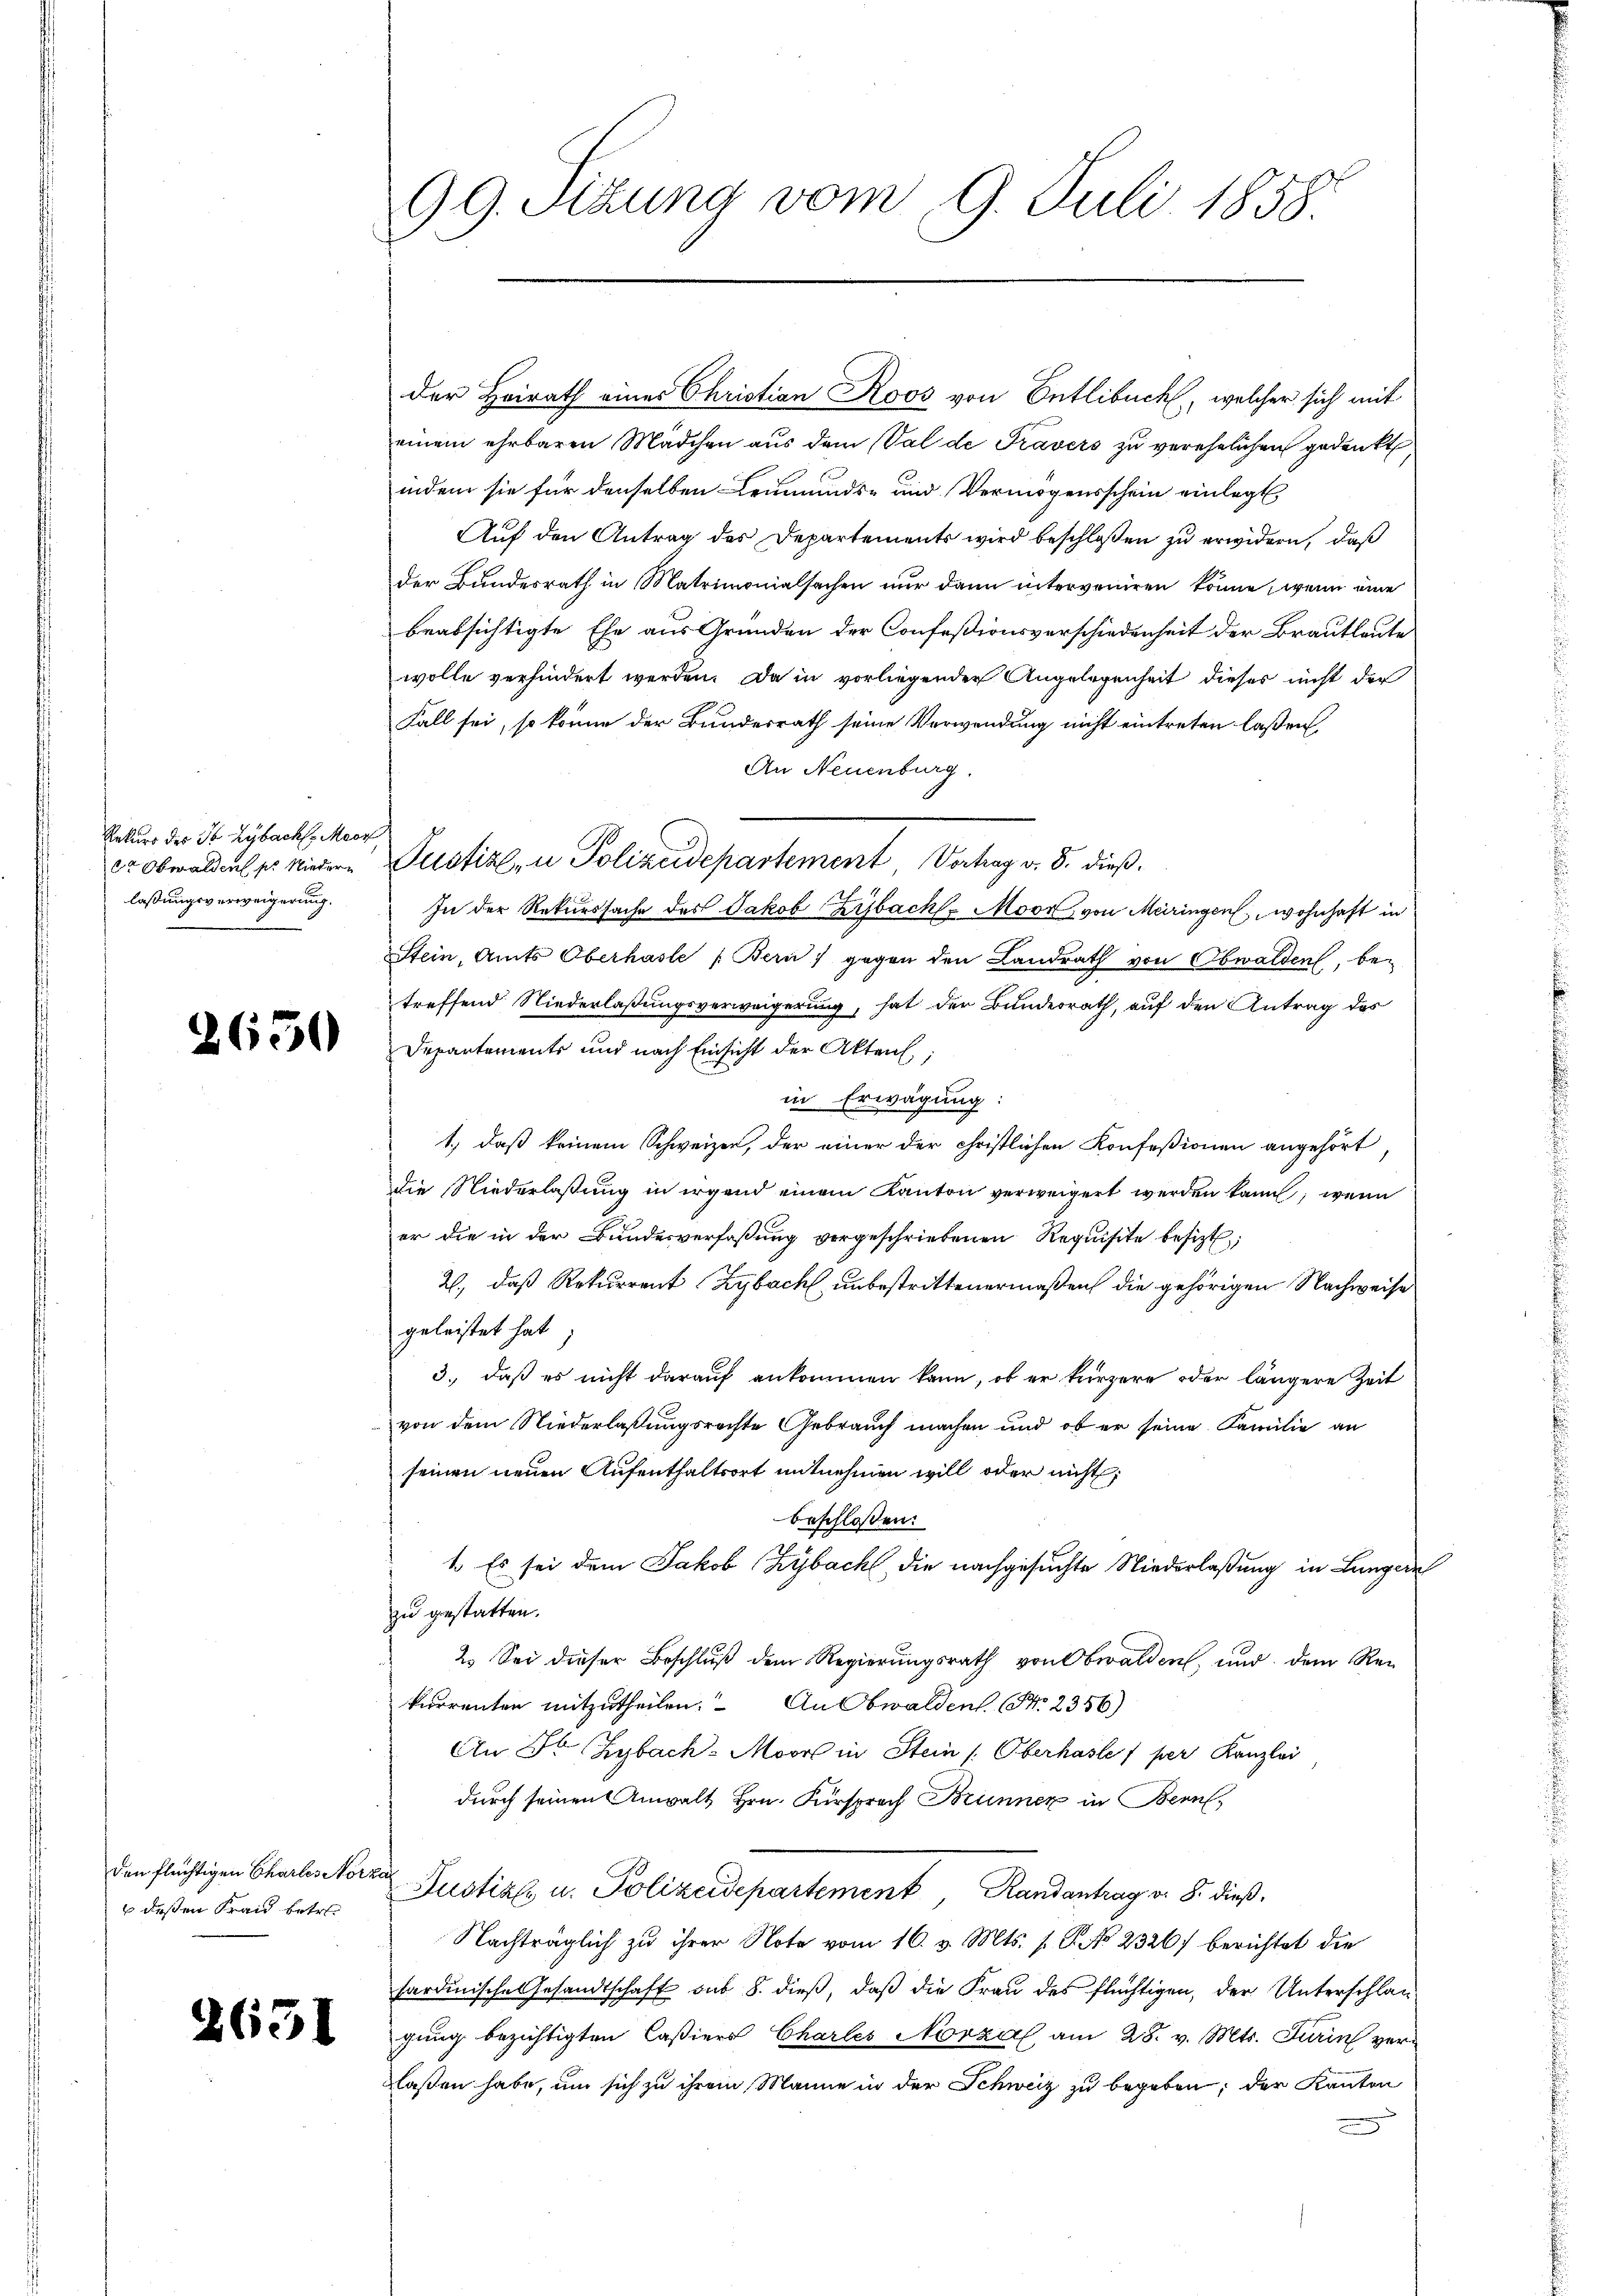
Rekurs des I Lybach Moor
lassungsverweigerung.
e

2650

deßen Frand betr.

2631

99. Sizung vom 9. Juli 1858.

Der Heirath einer Christian Roos von Entlebuch, welcher sich mit
einem ehrbaren Mädchen aus dem Val de Travers zu verehelichen gedankt,
indem sie für denselben Leumunds- und Vermögensschein einlegt
Auf den Antrag des Departements wird beschloßen zu erwidern, daß
der Bundesrath in Matrimonialsachen nur dann interveniren könne, wenn eine
beabsichtigte Ehe aus Gründen der Confeßionsverschiedenheit der Brautleute
wolle verhindert werden. Da in vorliegender Angelegenheit dieses nicht der
Fall sei, so könne der Bundesrath seine Verwendung nicht eintreten laßen,
An Neuenburg.
 Obwalden er wieder Justiz- u Polizeidepartement Vortrag v. 8. dieß
In der Rekurssache des Jakob Zibach. Moor von Meringen wohnhaft in
Stein, Amts Oberhasle (Bern, gegen den Landrath von Obwalden, betreffend Niederlaßungsverweigerung, hat der Bundesrath, auf den Antrag des
Departements und nach Einsicht der Akten,
in Erwägung:
1.) daß keinem Schweizer, der einer der christlichen Konfeßionen angehört
die Niederlaßung in irgend einem Kanton verweigert werden kann, wenn
er die in der Bundesverfaßung vorgeschriebenen Requisite besizt,
2., daß Rekurrent Zybach unbestrittenermaßen die gehörigen Nachweise
geleistet hat.
3., daß es nicht darauf ankommen kann, ob er kürzere oder längere Zeit
von dem Niederlaßungsrechte Gebrauch machen und ob er seine Familie an
seinen neuen Aufenthaltsort mitnehmen will oder nicht,
beschlossen:
1. Es sei dem Jakob Zybach, die nachgesuchte Niederlaßung in Lungere
zu gestatten.
2. Sei dieser Beschluß dem Regierungsrath von Obwalden, und dem Rei
kurrenten mitzutheilen. An Obwalden. (Nr. 2356)
An Sr. Hybach. Moors in Stein /: Oberhasle per Kanzlei
durch seinen Anwalt Hrn. Fürsprach Brunner in Bern,
den flüchtigen Charlosetorte Justiz u. Polizeidepartement, Randantrag v. 8. dieß,
Nachträglich zu ihrer Note vom 16. v. Mts. 1. P. No 2326) berichtet die
sardinische Gesandtschaft sub 8. dieß, daß die Frau des flüchtigen, der Unterschlag
gung bezichtigten Caßiers Charles Norza am 28. v. Mts. Turin verlassen habe, um sich zu ihrem Manne in der Schweiz zu begeben; der Kanton